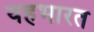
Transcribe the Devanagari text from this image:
यहभारत